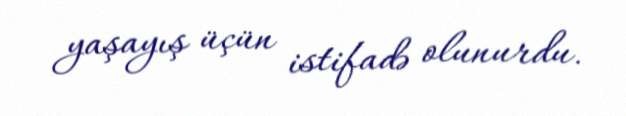
yaşayış üçün istifadə olunurdu.